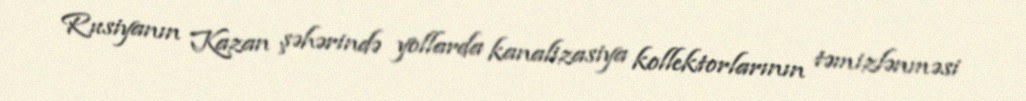
Rusiyanın Kazan şəhərində yollarda kanalizasiya kollektorlarının təmizlənməsi